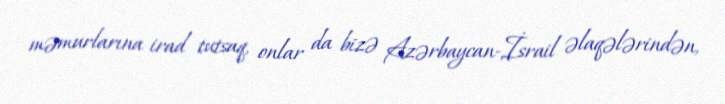
məmurlarına irad tutsaq, onlar da bizə Azərbaycan-İsrail əlaqələrindən,